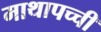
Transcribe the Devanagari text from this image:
माथापच्‍ची